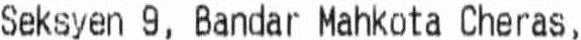
SEKSYEN 9, BANDAR MAHKOTA CHERAS,